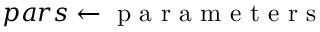
p a r s \gets \mathrm { ~ p ~ a ~ r ~ a ~ m ~ e ~ t ~ e ~ r ~ s ~ }